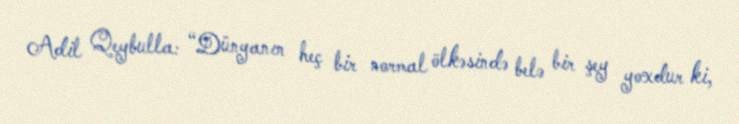
Adil Qeybulla: “Dünyanın heç bir normal ölkəsində belə bir şey yoxdur ki,